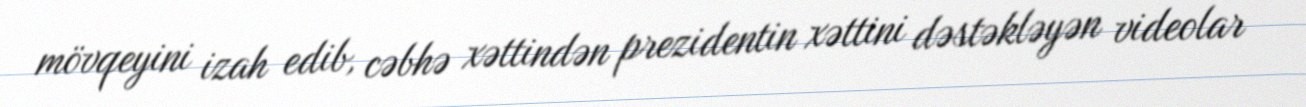
mövqeyini izah edib, cəbhə xəttindən prezidentin xəttini dəstəkləyən videolar